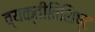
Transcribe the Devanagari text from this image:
व्यक्तीविशिष्ट